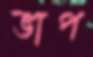
ভাপ